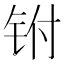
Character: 𰽮